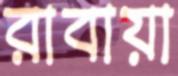
রাবায়া